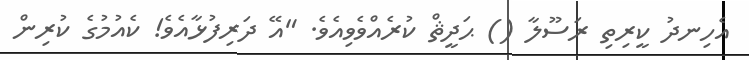
އެހިނދު ކީރިތި ރަސޫލާ () ޙަދީޘް ކުރެއްވެވިއެވެ. "އޭ ދަރިފުޅާއެވެ! ކެއުމުގެ ކުރިން